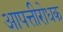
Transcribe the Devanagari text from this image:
आपत्तीरोधक